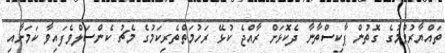
ތައްޔާރުވުމުގެ ގޮތުން ޕާކިސްތާނާ ދެކޮޅަށް ރާއްޖެ ކުޅޭ ރަހުމަތްތެރިކަމުގެ މެޗު ކެންސަލްވެފައިވާ ކަމަށާއި